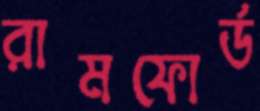
রামফোর্ড